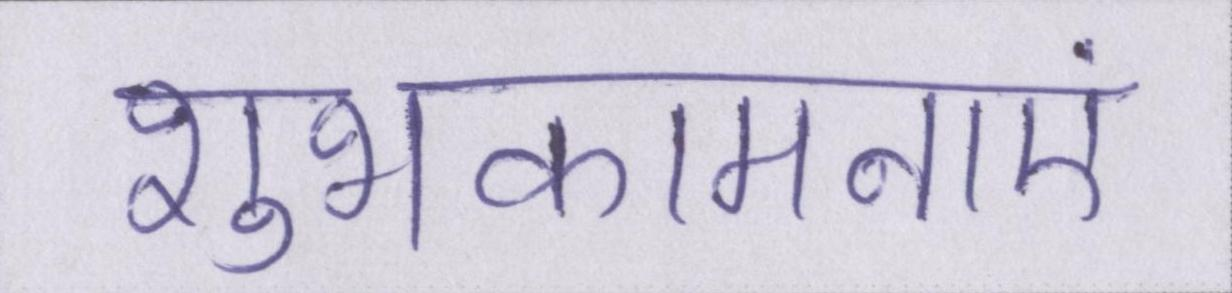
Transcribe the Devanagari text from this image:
शुभकामनाएं